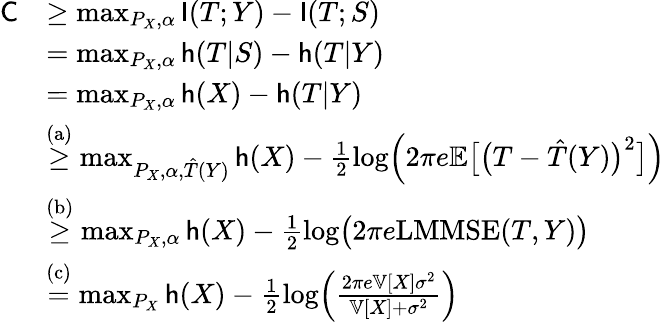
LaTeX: \begin{array}{rl}{\mathsf{C}}&{\ge\operatorname*{max}_{P_{X},\alpha}\mathsf{I}(T;Y)-\mathsf{I}(T;S)}\\ &{=\operatorname*{max}_{P_{X},\alpha}\mathsf{h}(T|S)-\mathsf{h}(T|Y)}\\ &{=\operatorname*{max}_{P_{X},\alpha}\mathsf{h}(X)-\mathsf{h}(T|Y)}\\ &{\overset{\mathrm{(a)}}{\ge}\operatorname*{max}_{P_{X},\alpha,\hat{T}(Y)}\mathsf{h}(X)-\frac{1}{2}\log\Bigl(2\pi e\mathbb{E}\bigl[\bigl(T-\hat{T}(Y)\bigr)^{2}\bigr]\Bigr)}\\ &{\overset{\mathrm{(b)}}{\ge}\operatorname*{max}_{P_{X},\alpha}\mathsf{h}(X)-\frac{1}{2}\log\bigl(2\pi e\mathrm{LMMSE}(T,Y)\bigr)}\\ &{\overset{\mathrm{(c)}}{=}\operatorname*{max}_{P_{X}}\mathsf{h}(X)-\frac{1}{2}\log\Bigl(\frac{2\pi e\mathbb{V}[X]\sigma^{2}}{\mathbb{V}[X]+\sigma^{2}}\Bigr)}\end{array}